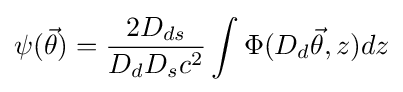
\psi ({\vec {\theta }})={\frac {2D_{ds}}{D_{d}D_{s}c^{2}}}\int \Phi (D_{d}{\vec {\theta }},z)dz